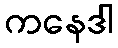
ကနေဒါ